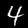
Label: 4